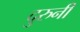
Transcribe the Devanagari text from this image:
दुरुनी